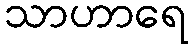
သာဟာရေ